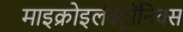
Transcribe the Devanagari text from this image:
माइक्रोइलेक्ट्रॉनिक्स